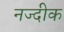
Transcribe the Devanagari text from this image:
नज्दीक